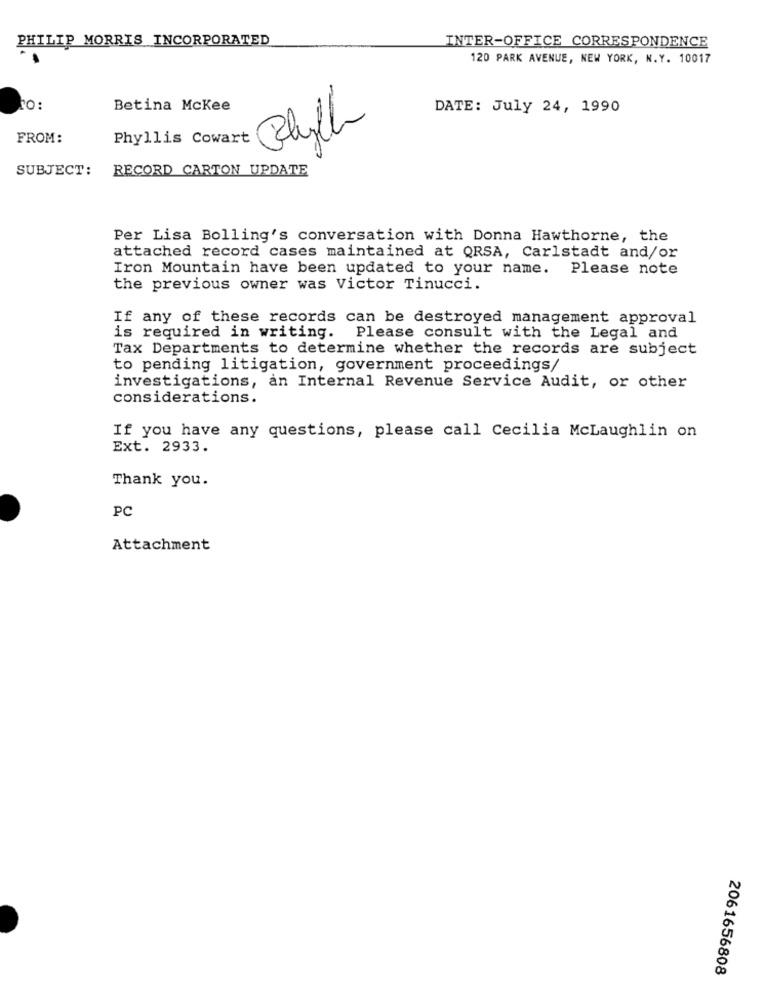
PHILIP MORRIS INCORPORATED
INTER-OFFICE CORRESPONDENCE
120 PARK AVENUE, NEW YORK, N.Y. 10017
Betina Mckee
DATE: July 24, 1990
FROM:
Phyllis Cowart
Blyth
SUBJECT: RECORD CARTON UPDATE
Per Lisa Bolling's conversation with Donna Hawthorne, the
attached record cases maintained at QRSA, Carlstadt and/or
Iron Mountain have been updated to your name. Please note
the previous owner was Victor Tinucci.
If any of these records can be destroyed management approval
is required in writing. Please consult with the Legal and
Tax Departments to determine whether the records are subject
to pending litigation, government proceedings/
investigations, an Internal Revenue Service Audit, or other
considerations.
If you have any questions, please call Cecilia McLaughlin on
Ext. 2933.
Thank you.
PC
Attachment
2061656808